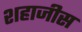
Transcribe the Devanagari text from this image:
शहाजीस